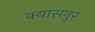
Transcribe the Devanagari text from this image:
क्यासनुर